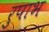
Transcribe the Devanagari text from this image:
रुपाभ